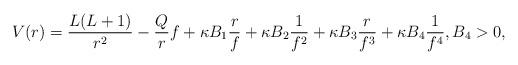
LaTeX: \begin{align*} V(r) = \frac{L(L+1)}{r^2} - \frac{Q}{r} f + \kappa B_1 \frac{r}{f} + \kappa B_2 \frac{1}{f^2} + \kappa B_3 \frac{r}{f^3} + \kappa B_4 \frac{1}{f^4}, B_4>0,\end{align*}